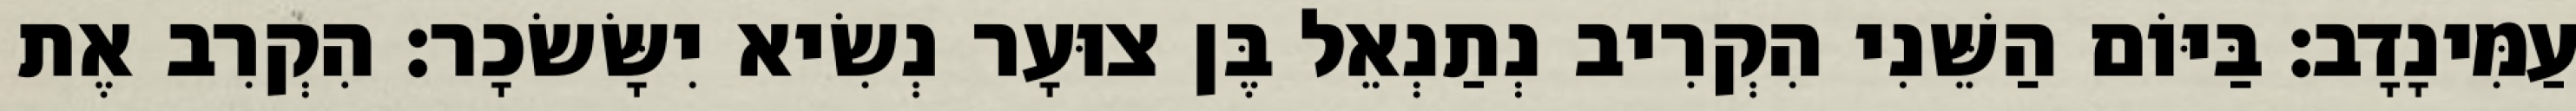
עַמִּינָדָב׃ בַּיּוֹם הַשֵּׁנִי הִקְרִיב נְתַנְאֵל בֶּן צוּעָר נְשִׂיא יִשָּׂשׂכָר׃ הִקְרִב אֶת